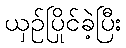
ယှဉ်ပြိုင်ခဲ့ပြီး